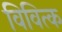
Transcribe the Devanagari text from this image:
विवित्क